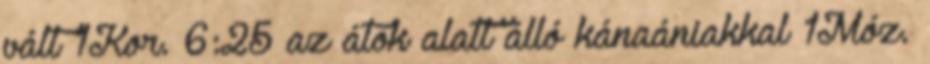
vált 1Kor. 6:25 az átok alatt álló kánaániakkal 1Móz.